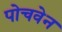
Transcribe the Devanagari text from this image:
पोचवेन